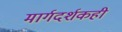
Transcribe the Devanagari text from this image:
मार्गदर्शकही